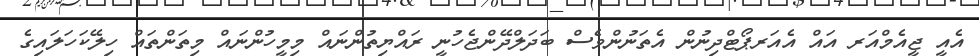
އެއީ ޖީއެމްއަރ އައް އެއަރޕޯޓްދިނުން އެތަނުންވެސް ބަދަލްދޭންޖެހުނީ ރައްޔިތުންނައް މިމީހުންނައް މިތަންތައް ހިލޭކަހަލައިގެ